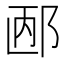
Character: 𲆐